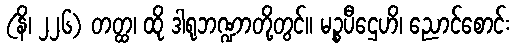
(နိ၊ ၂၂၆) တတ္ထ၊ ထို ဒါရုဘဏ္ဍာတို့တွင်။ မဉ္စပီဌေဟိ၊ ညောင်စောင်း